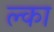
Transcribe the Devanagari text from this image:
ल्का